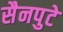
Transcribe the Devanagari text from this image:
सैनपुटे